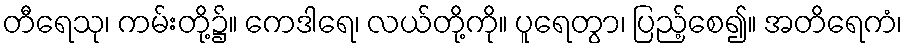
တီရေသု၊ ကမ်းတို့၌။ ကေဒါရေ၊ လယ်တို့ကို။ ပူရေတွာ၊ ပြည့်စေ၍။ အတိရေကံ၊